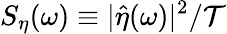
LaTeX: S_{\eta}(\omega)\equiv|\widehat{\eta}(\omega)|^{2}/\mathcal{T}